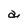
Character: a